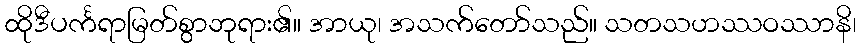
ထိုဒီပင်္ကရာမြတ်စွာဘုရား၏။ အာယု၊ အသက်တော်သည်။ သတသဟဿဝဿာနိ၊